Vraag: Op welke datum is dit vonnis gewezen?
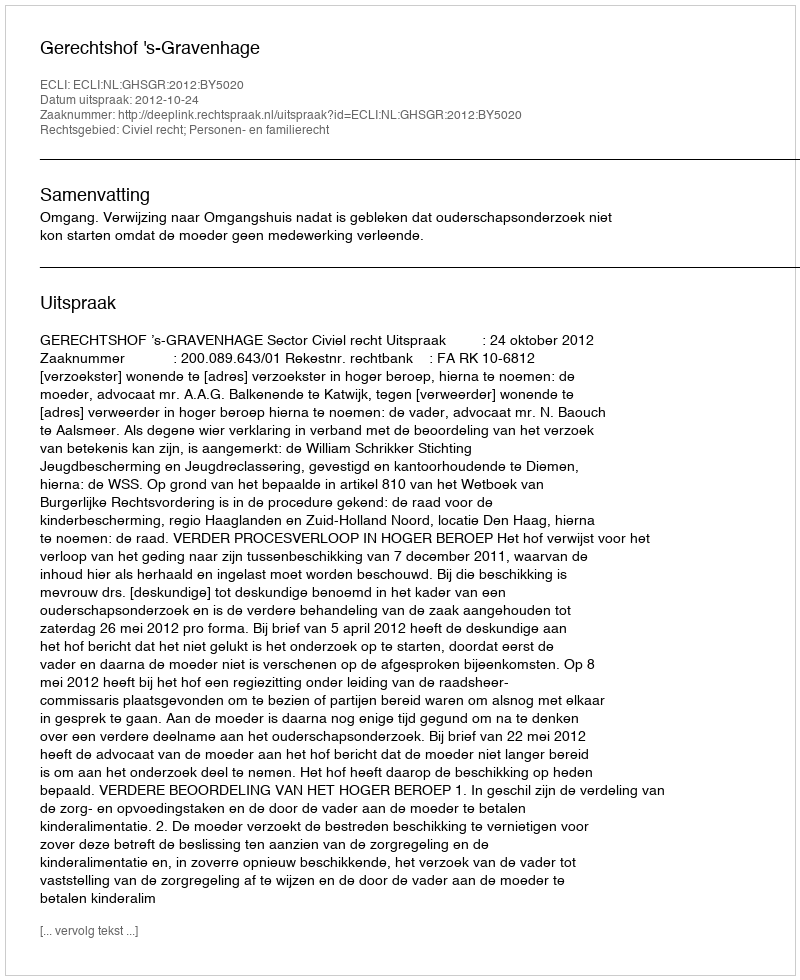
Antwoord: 2012-10-24